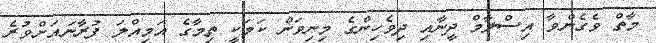
މާތް ވެގެންވާ އިސްލާމް ދީނާއި ދިވެހިންގެ މިނިވަން ކަމަކީ ތިމާގެ އަމިއްލަ ފުރާނައަށްވުރެ